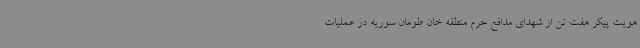
هویت پیکر هفت تن از شهدای مدافع حرم منطقه خان طومان سوریه در عملیات